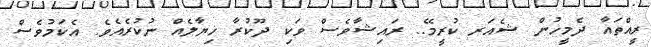
ރީއްތައާ ދެމީހުން ޝެއަރ ކުރީމޭ.. ރައިޝާވެސް ވަކި ދޫކުރާ ޚިޔާލެއް ނުކުރެއެވެ. އެކަމުވެސް